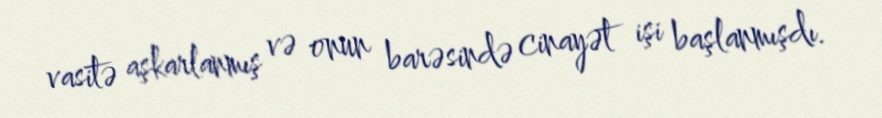
vasitə aşkarlanmış və onun barəsində cinayət işi başlanmışdı.